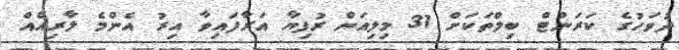
ދުވަހުގެ ކަރަންޓް ބިލްތަކަށް 31 މިލިއަން ރުފިޔާ އަރާފައިވާ އިރު އެންމެ ލާރިއެއް